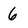
Character: 6